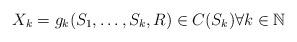
LaTeX: \begin{align*} X_k = g_k(S_1, \ldots, S_k, R) \in C(S_k) \forall k \in \mathbb{N}\end{align*}